Report on vaccination North-West Frontier Province 1904-1922 - 1904-1922
Year: 1904
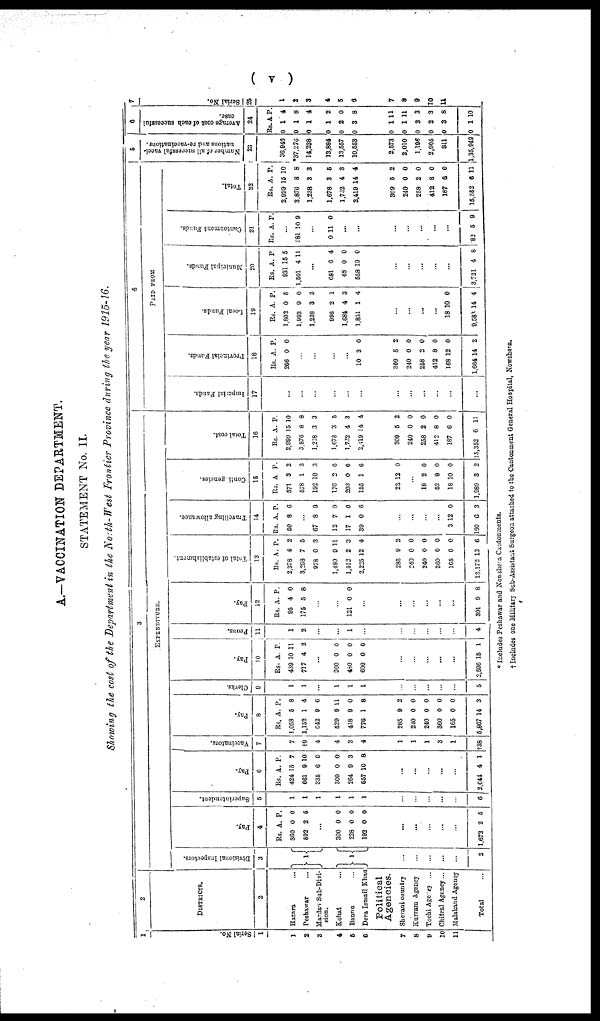
( v )
A.-VACCINATION DEPARTMENT.
STATEMENT No. II.
Showing the cost of the Department in the North-West Frontier Province during the year 1915-16.
1
Serial No.
1
1
2
3
4
5
6
7
8
9
10
11
2
DISTRICTS.
2
Hazara ...
Peshawar ...
Mardan Sub-Divi-
sion.
Kohat ...
Bannu ...
Dera Ismail Khan
Political
Agencies.
Sherani country
Kurram Agency
Tochi Agency ...
Chitral Agency...
Malakand Agency
Total ...
3
EXPENDITURE.
Divisional Inspectors.
3
1
1
...
...
...
...
...
2
Pay.
4
Rs.
360
592
A.
0
2
P.
0
5
...
300
228
192
0
0
0
0
0
0
...
...
...
...
...
1,672 2 5
Superintendent.
5
1
1
1
1
1
1
...
...
...
...
...
6
Pay.
6
Rs.
424
661
335
300
264
657
A.
15
0
6
0
9
10
P.
7
10
9
0
3
8
...
...
...
...
...
2,644 4 1
Vaccinators.
7
7
†9
4
4
3
4
1
1
1
3
1
†38
Pay.
8
Rs.
1,058
1,152
642
529
418
776
A.
5
1
9
0
0
1
P.
8
4
6
11
0
8
285
240
240
360
165
5,867
9
0
0
0
0
14
2
0
0
0
0
3
Clerks.
9
1
1
...
1
1
1
...
...
...
...
...
5
Pay.
10
Rs.
439
717
A.
10
4
Peons.
11
P.
11
2
...
360
480
600
0
0
0
0
0
0
...
...
...
...
...
2,596 15 1
1
2
...
...
1
...
...
...
...
...
4
Pay.
12
Rs.
95
175
A.
4
5
P.
0
8
...
...
121 0 0
...
...
...
...
...
301 9 8
Total of establishment.
13
Rs.
2,378
3,293
978
1,489
1,512
2,225
A.
4
7
0
9
2
12
P.
2
5
3
11
3
4
285
240
240
360
165
13,172
9
0
0
0
0
13
2
0
0
0
0
6
Travelling allowance.
14
Rs.
50
A.
8
P.
6
...
67
12
17
39
8
7
1
0
0
0
0
6
...
...
...
...
3
190
12
6
0
3
Contingencies.
15
Rs.
571
578
192
176
203
155
A.
3
1
10
2
0
1
P.
2
3
3
6
6
6
23 12 0
...
18
52
18
1,989
2
8
10
3
0
0
0
2
Total cost.
16
Rs.
2,999
3,876
1,238
1,678
1,732
2,419
A.
15
8
3
3
4
14
P.
10
8
3
5
3
4
309
240
258
412
187
15,352
5
0
2
8
6
6
2
0
0
0
0
11
4
PAID FROM
Imperial Funds.
17
...
...
...
...
...
...
...
...
...
Provincial Funds.
18
Rs.
266
A.
0
P.
0
...
...
...
...
10 3 0
300
240
258
412
168
1,664
5
0
2
8
12
14
2
0
0
0
0
2
Local Funds.
19
Rs.
1,802
1,993
1,238
996
1,684
1,851
A.
0
9
3
2
4
1
P.
5
0
3
1
3
4
...
...
...
...
18
9,583
10
14
0
4
Municipal Funds.
20
Rs.
931
1,501
A.
15
4
P.
5
11
...
681
48
558
6
0
10
4
0
0
...
...
...
...
...
3,721 4 8
Cantonment Funds.
21
Rs. A. P.
...
381 10 9
...
0 11 0
...
...
...
...
...
...
82 5 9
Total.
22
Rs.
2,999
3,876
1,238
1,678
1,732
2,419
A.
15
8
3
3
4
14
P.
10
8
3
6
3
4
300
240
258
412
187
15,352
5
0
2
8
6
6
2
0
0
0
0
11
5
Number of all successful vacci-
nations and re-vaccinations.
23
36,943
*37,276
14,238
13,884
13,557
10,553
2,573
2,010
1,196
2,905
811
1,35,949
6
Average cost of each successful
case.
24
Rs.
0
0
0
0
0
0
A.
1
1
1
1
2
3
P.
4
8
4
2
0
8
0
0
0
0
0
0
1
1
3
2
3
1
11
11
3
3
8
10
7
Serial No.
25
1
2
3
4
5
6
7
8
9
10
11
* Includes Peshawar and Nowshera Cantonments.
† Includes one Military Sub-Assistant Surgeon attached to the Cantonment General Hospital, Nowshora.